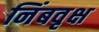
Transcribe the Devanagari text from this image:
निंबवृक्ष